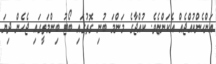
އަންހެންކުއްޖެއް އެކަންޏެވެ. ކުއްޖާގެ މަންމަ ބުނި ގޮތުގައި ބޯޓު ބިންމަތީގައި ޖެހެން ދިޔަ